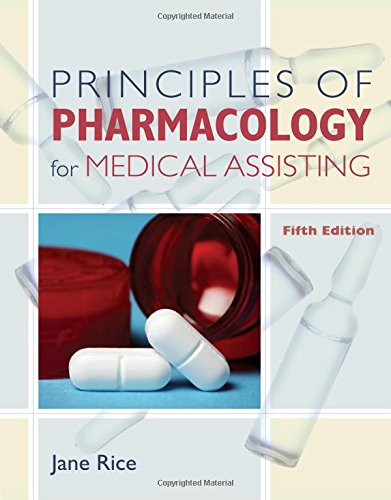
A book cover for Principles of Pharmacology for Medical Assisting (Principles of Pharmacology for Medical Assisting Principles); Jane Rice; Medical Books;